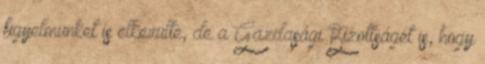
figyelmünket is elkerülte, de a Gazdasági Bizottságét is, hogy